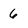
Character: 6